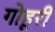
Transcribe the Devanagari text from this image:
गोहूरी